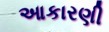
આકારણી